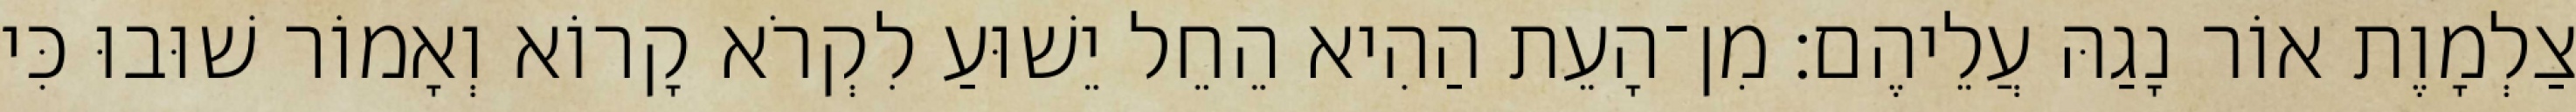
צַלְמָוֶת אוֹר נָגַהּ עֲלֵיהֶם׃ מִן־הָעֵת הַהִיא הֵחֵל יֵשׁוּעַ לִקְרֹא קָרוֹא וְאָמוֹר שׁוּבוּ כִּי